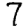
Digit: 7